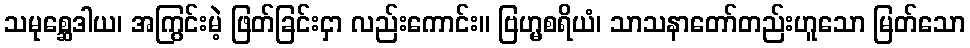
သမုစ္ဆေဒါယ၊ အကြွင်းမဲ့ ဖြတ်ခြင်းငှာ လည်းကောင်း။ ဗြဟ္မစရိယံ၊ သာသနာတော်တည်းဟူသော မြတ်သော